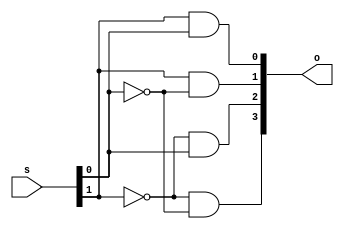
// Ryan Kozak
// CSC137 Class #32509
// 2nd Programming Assignment
//
// d2x4.v, 2x4 decoder, gate synthesis
//
// how to compile: ~changw/ivl/bin/iverilog d2x4.v
// how to run: ./a.out


module DecoderMod(s, o); // decoder module definition
  
   input [1:0] s; // input array
   output [0:3] o; // output array

   wire [0:1] n_s; // array of exta wires

   not(n_s[1], s[1]); // first not gate in diagram
   not(n_s[0], s[0]); // second not gate in digaram 

   and(o[0], n_s[1], n_s[0]); // first and gate in diagram
   and(o[1], n_s[1], s[0]);  // second and gate in diagram
   and(o[2], s[1], n_s[0]);  // third and gate in diagram
   and(o[3], s[1], s[0]);  // fourth and gate in diagram
   
endmodule

module TestMod; // Tests DecoderMod
   reg [1:0] s;       // array of 1-bit flipflops
   wire [0:3] o; // 4 additional wires

   DecoderMod my_decoder(s, o); // create instance of decoder

   initial begin
      $monitor("%0d\t%b\t%b", $time, s, o);
      $display("Time\ts\to");
      $display("--------------------");
   end

   initial begin
      s[0] = 0;       // initially s[0] set to 0
      s[1] = 0;       // initially s[1] set to 0
      #1;          // wait 1 simulation time unit/cycle
      s[0] = 1;      // change s[0] to 1
      #1;         // wait 1 simulation time unit/cycle
      s[0] = 0;     // change s[0] to 0
      s[1] = 1;     //
      #1;         // wait 1 simulation time unit/cycle
      s[0] = 1;      // change s[0] to 1

   end
endmodule